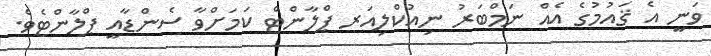
ވަނީ އެ ޤައުމުގެ އެއް ނަމްބަރު ނިއުކްލިއަރ ޕްލާންޓް ކަމަށްވާ ސެންޑާއީ ޕްލާންޓެވެ.